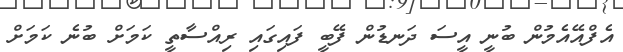
އެފްއޭއެމުން ބުނީ އީސަ ދަނޑުން ފޭބީ ފައިގައި ރިއްސާތީ ކަމަށް ބުނެ ކަމަށް